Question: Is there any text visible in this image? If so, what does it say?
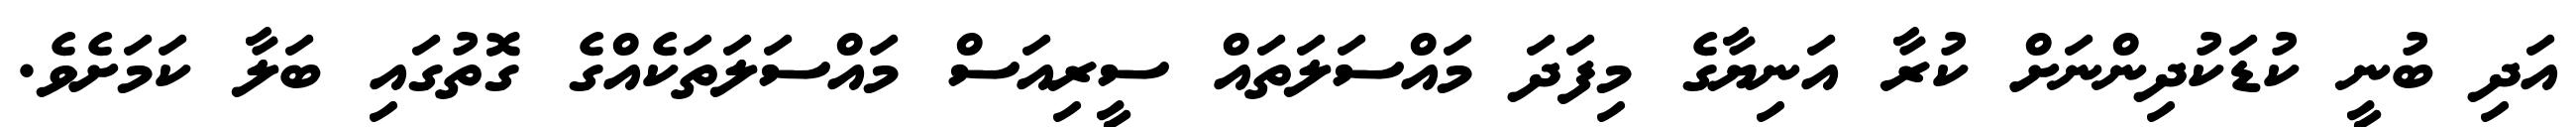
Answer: އަދި ބުނީ ކުޑަކުދިންނަށް ކުރާ އަނިޔާގެ މިފަދަ މައްސަލަތައް ސީރިއަސް މައްސަލަތަކެއްގެ ގޮތުގައި ބަލާ ކަމަށެވެ.